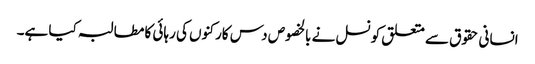
انسانی حقوق سے متعلق کونسل نے بالخصوص دس کارکنوں کی رہائی کا مطالبہ کیا ہے۔